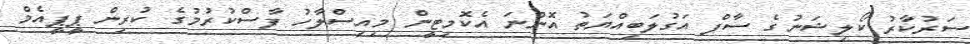
ސަރުކާރު ކޯލިޝަނުގެ ސާފް އަގުލަބިއްޔަތު އޮންނަ އެކޮމިޓީން މިއިސްލާހު ފާސްކުރުމުގެ ކުރިން ޕީޕީއެމް